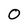
Character: 0